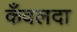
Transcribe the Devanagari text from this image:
कँवलदा